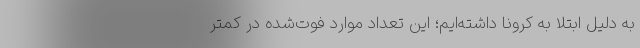
به دلیل ابتلا به کرونا داشته‌ایم؛ این تعداد موارد فوت‌شده در کمتر